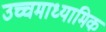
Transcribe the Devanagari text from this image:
उच्चमाध्यामिक